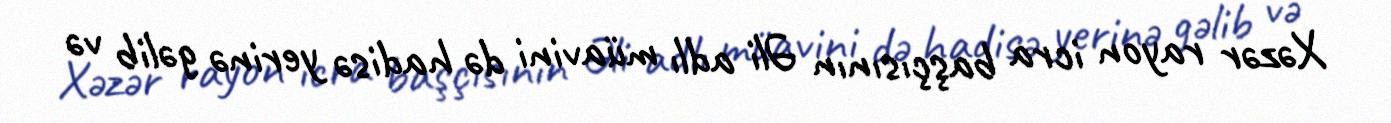
Xəzər rayon icra başçısının Əli adlı müavini də hadisə yerinə gəlib və